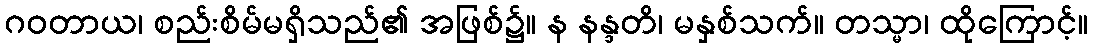
ဂဝတာယ၊ စည်းစိမ်မရှိသည်၏ အဖြစ်၌။ န နန္ဒတိ၊ မနှစ်သက်။ တသ္မာ၊ ထိုကြောင့်။